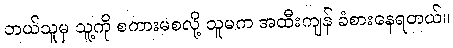
ဘယ်သူမှ သူ့ကို စကားမစလို့ သူမက အထီးကျန် ခံစားနေရတယ်။